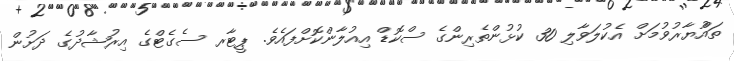
ތައްުޔާރުވުމަށް އެކުލަވާލި 30 ކުޅުންތެރިންގެ ސްކޮޑް އިއުލާންކޮށްފައެވެ. ޕީޓާރ ސެގެޓްގެ އިރުޝާދުގެ ދަށުން